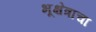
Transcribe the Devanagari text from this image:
भूक्षेत्राचा